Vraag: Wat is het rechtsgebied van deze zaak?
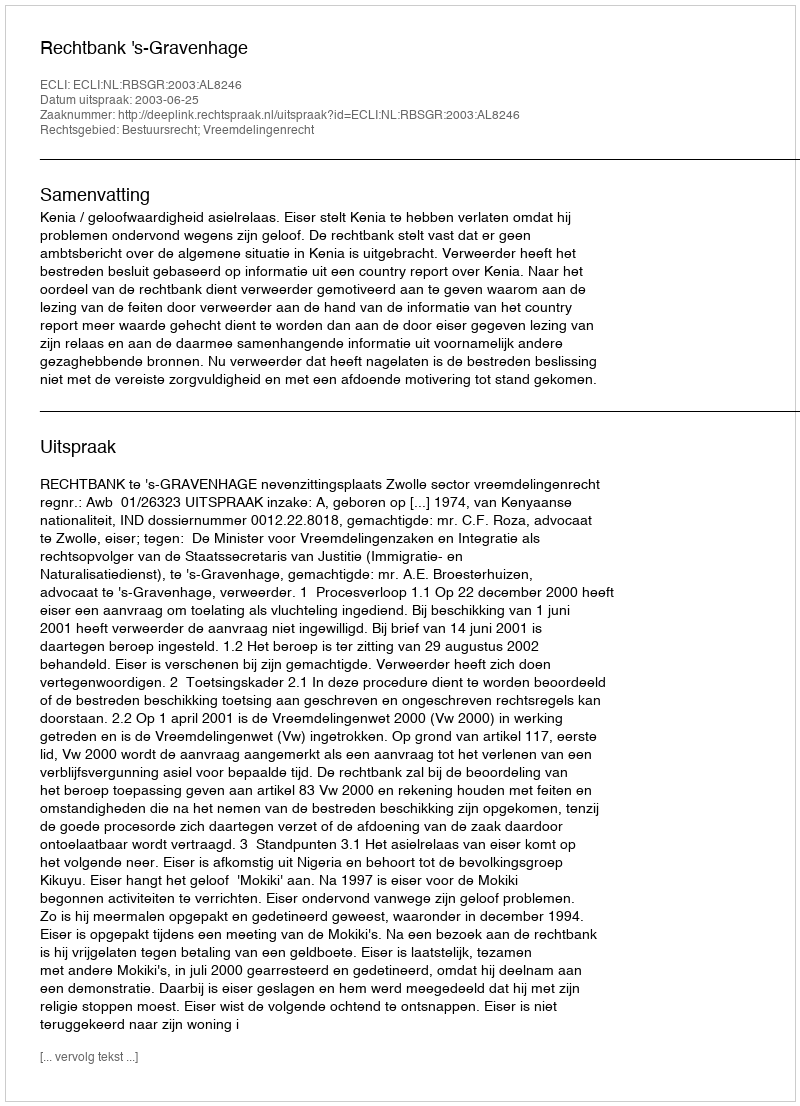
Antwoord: Bestuursrecht; Vreemdelingenrecht